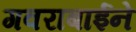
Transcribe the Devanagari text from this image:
गवराबाईने